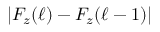
| F _ { z } ( \ell ) - F _ { z } ( \ell - 1 ) |